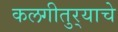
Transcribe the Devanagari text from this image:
कलगीतुर्‍याचे